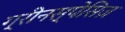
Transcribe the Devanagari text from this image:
ग्रीनस्पेसिज़